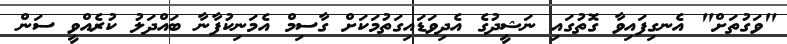
"ވަގުތަށް" އެނގިފައިވާ ގޮތުގައި ނަޝީދުގެ އެދިވަޑައިގަތުމަކަށް ގާސިމް އެމަނިކުފާނާ ބައްދަލު ކުރެއްވީ ސަން